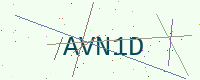
Text: AVN1D